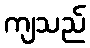
ကျသည်